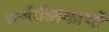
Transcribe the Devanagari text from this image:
पर्णपीतकाभों